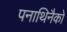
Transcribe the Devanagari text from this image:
पनाथिनैको